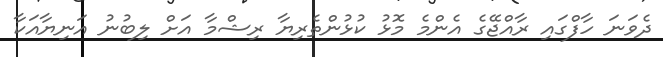
ދެވަނަ ހާފްގައި ރާއްޖޭގެ އެންމެ މޮޅު ކުޅުންތެރިޔާ ރިޝްމާ އަށް ލިބުނު އަނިޔާއަކާ